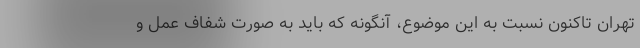
تهران تاکنون نسبت به این موضوع، آنگونه که باید به صورت شفاف عمل و